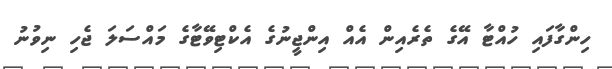
ހިންގާފައި ހުއްޓާ އޭގެ ތެރެއިން އެއް އިންޖީނުގެ އެކްޓިވޭޓާގެ މައްސަލަ ޖެހި ނިވުނު